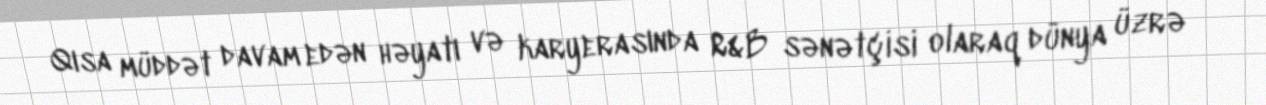
Qısa müddət davam edən həyatı və karyerasında R&B sənətçisi olaraq dünya üzrə